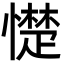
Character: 憷